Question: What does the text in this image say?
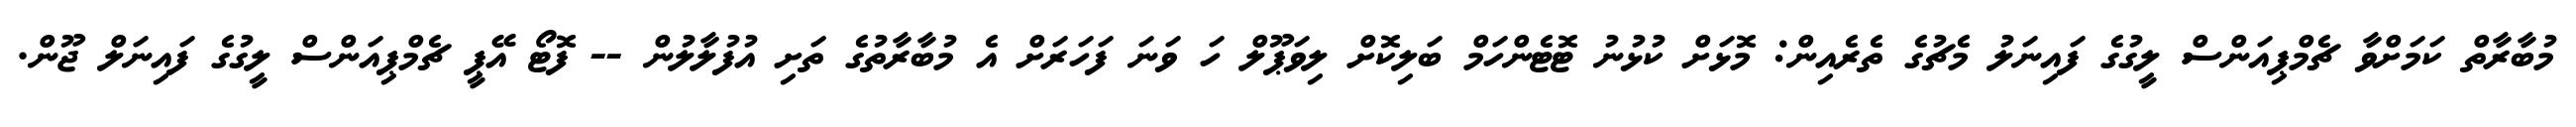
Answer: މުބާރާތް ކަމަށްވާ ޗެމްޕިއަންސް ލީގުގެ ފައިނަލު މެޗުގެ ތެރެއިން: މޮޅަށް ކުޅުނު ޓޮޓެންހަމް ބަލިކޮށް ލިވަޕޫލް ހަ ވަނަ ފަހަރަށް އެ މުބާރާތުގެ ތަށި އުފުލާލުން -- ފޮޓޯ އޭޕީ ޗެމްޕިއަންސް ލީގުގެ ފައިނަލް ޖޫން.